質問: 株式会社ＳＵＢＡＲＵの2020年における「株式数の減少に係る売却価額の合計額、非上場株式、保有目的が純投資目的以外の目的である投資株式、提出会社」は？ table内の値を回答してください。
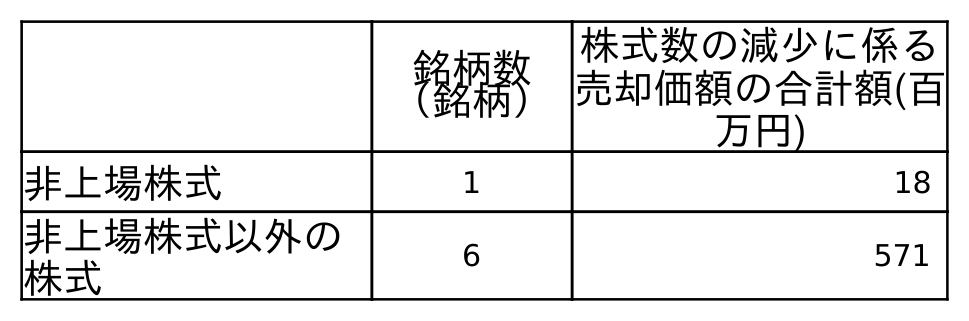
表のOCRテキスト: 銘柄数 （銘柄） 株式数の減少に係る 売却価額の合計額(百 万円) 非上場株式 1 18 非上場株式以外の 株式 6 571
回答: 18